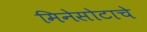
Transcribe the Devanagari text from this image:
मिनेसोटाचे